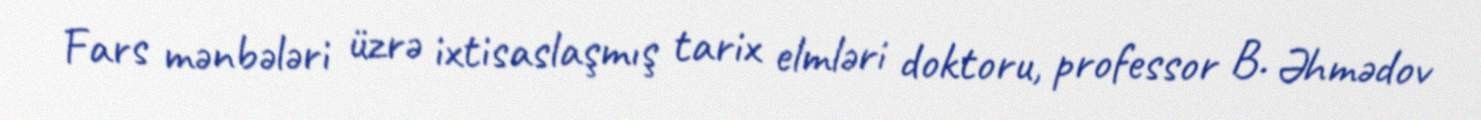
Fars mənbələri üzrə ixtisaslaşmış tarix elmləri doktoru, professor B. Əhmədov